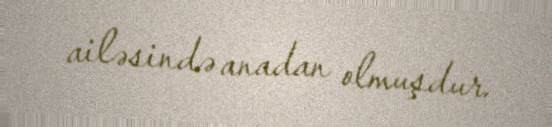
ailəsində anadan olmuşdur.